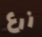
زرع